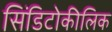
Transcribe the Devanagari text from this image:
सिंडिटोकीलिक